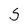
Character: 5